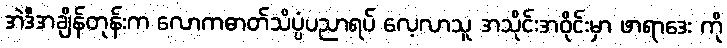
အဲဒီအချိန်တုန်းက လောကဓာတ်သိပ္ပံပညာရပ် လေ့လာသူ အသိုင်းအဝိုင်းမှာ ဖာရာဒေး ကို